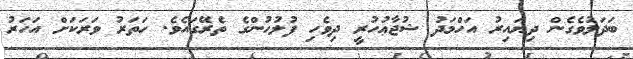
ބަދަލުވެގެން ދިޔައިރު އަހްމަދު ޝުޖާޢުހުރީ ދިވެހި ފުލުހުންގެ ތެރޭގައެވެ. ހަތަރު ވަރަކަށް އަހަރު